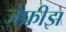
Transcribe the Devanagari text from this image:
जेफ्रीझ